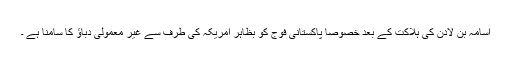
اُسامہ بن لادن کی ہلاکت کے بعد خصوصاََ پاکستانی فوج کو بظاہر امریکہ کی طرف سے غیر معمولی دباؤ کا سامنا ہے ۔